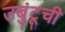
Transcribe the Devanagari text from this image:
उबुंटूची